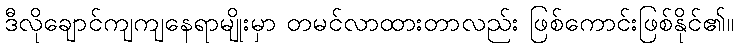
ဒီလိုချောင်ကျကျနေရာမျိုးမှာ တမင်လာထားတာလည်း ဖြစ်ကောင်းဖြစ်နိုင်၏။